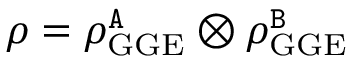
\rho = \rho _ { \mathrm { G G E } } ^ { \tt A } \otimes \rho _ { \mathrm { G G E } } ^ { \tt B }